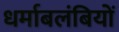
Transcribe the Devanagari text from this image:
धर्माबलंबियों